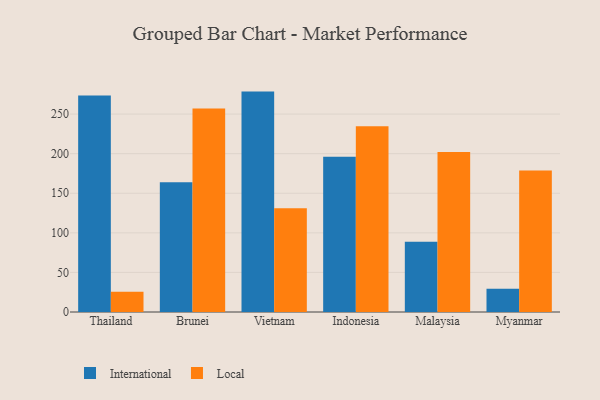
{"axis": {"x": "Country", "y": "Bounce Rate (%)"}, "legend": ["International", "Local"], "data": [{"x": "Thailand", "y": 273.6, "type": "International"}, {"x": "Thailand", "y": 25.5, "type": "Local"}, {"x": "Brunei", "y": 164.0, "type": "International"}, {"x": "Brunei", "y": 257.0, "type": "Local"}, {"x": "Vietnam", "y": 278.4, "type": "International"}, {"x": "Vietnam", "y": 131.1, "type": "Local"}, {"x": "Indonesia", "y": 196.0, "type": "International"}, {"x": "Indonesia", "y": 234.5, "type": "Local"}, {"x": "Malaysia", "y": 88.6, "type": "International"}, {"x": "Malaysia", "y": 202.1, "type": "Local"}, {"x": "Myanmar", "y": 29.5, "type": "International"}, {"x": "Myanmar", "y": 178.7, "type": "Local"}]}